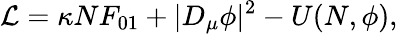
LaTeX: {\cal L}=\kappa NF_{01}+|D_{\mu}\phi|^{2}-U(N,\phi),